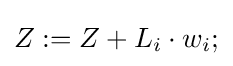
Z:=Z+L_{i}\cdot w_{i};